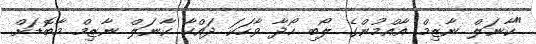
"ކާނަލް ނާޒިމް އާއްމުންގެ ލޯބި ހޯދާ ވާހަކަ ދައްކާ ކާނަލް ނާޒިމް މާބޮޑަށް